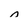
Character: n